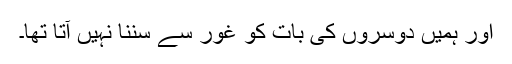
اور ہمیں دوسروں کی بات کو غور سے سننا نہیں آتا تھا۔